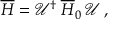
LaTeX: \overline { { { H } } } = \mathcal { U } ^ { \dagger } \: \overline { { { H } } } _ { 0 } \: \mathcal { U } \, ,